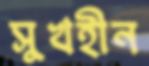
সুখহীন